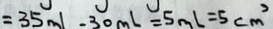
= 3 5 m l - 3 0 m L = 5 m l = 5 c m ^ { 2 }